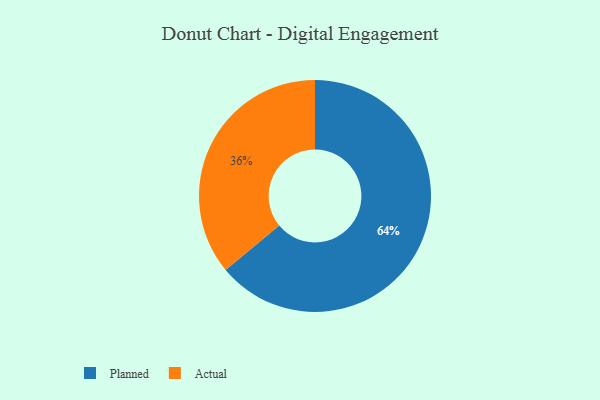
{"axis": {"x": "Category", "y": "Percentage"}, "legend": ["Actual", "Planned"], "data": [{"x": "Actual", "y": 36, "type": "Actual"}, {"x": "Planned", "y": 64, "type": "Planned"}]}